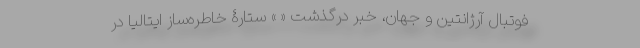
فوتبال آرژانتین و جهان، خبر درگذشت « » ستارۀ خاطره‌ساز ایتالیا در